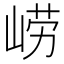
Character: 崂